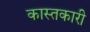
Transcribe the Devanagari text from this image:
कास्तकारी